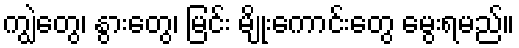
ကျွဲတွေ၊ နွားတွေ၊ မြင်း မျိုးကောင်းတွေ မွေးရမည်။